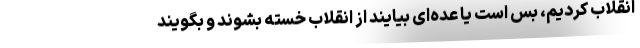
انقلاب کردیم، بس است یا عده‌ای بیایند از انقلاب خسته بشوند و بگویند